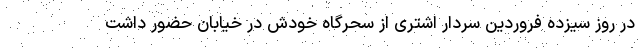
در روز سیزده فروردین سردار اشتری از سحرگاه خودش در خیابان حضور داشت